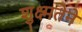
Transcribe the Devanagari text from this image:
शुक्ष्मतेने